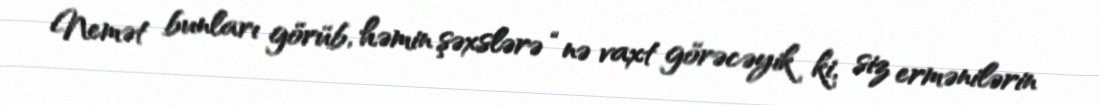
Nemət bunları görüb, həmin şəxslərə “nə vaxt görəcəyik ki, siz ermənilərin